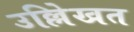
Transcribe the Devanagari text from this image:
उल्लेिखत